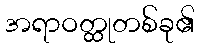
အရာဝတ္ထုတစ်ခု၏